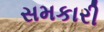
સમકારી